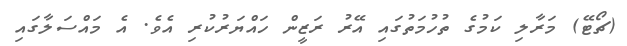
(ޗޯޓޭ) މަރާލި ކަމުގެ ތުހުމަތުގައި އޭރު ރަޒީން ހައްޔަރުކުރި އެވެ. އެ މައްސަލާގައި